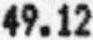
49.12